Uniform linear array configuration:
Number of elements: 32
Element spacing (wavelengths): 0.25
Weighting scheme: cosine
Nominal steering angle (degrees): -45
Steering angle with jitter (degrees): -45.616
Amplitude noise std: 0.05
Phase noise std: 0.05

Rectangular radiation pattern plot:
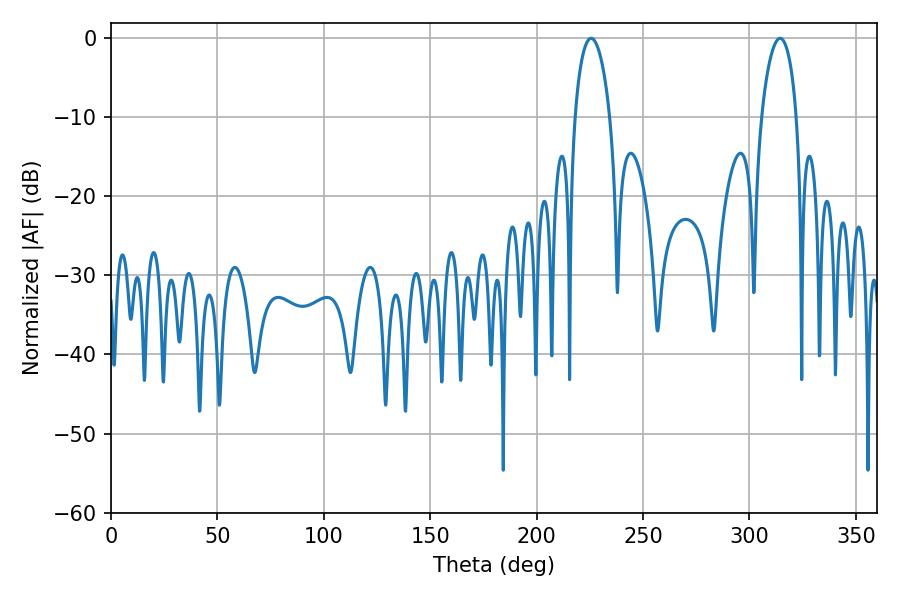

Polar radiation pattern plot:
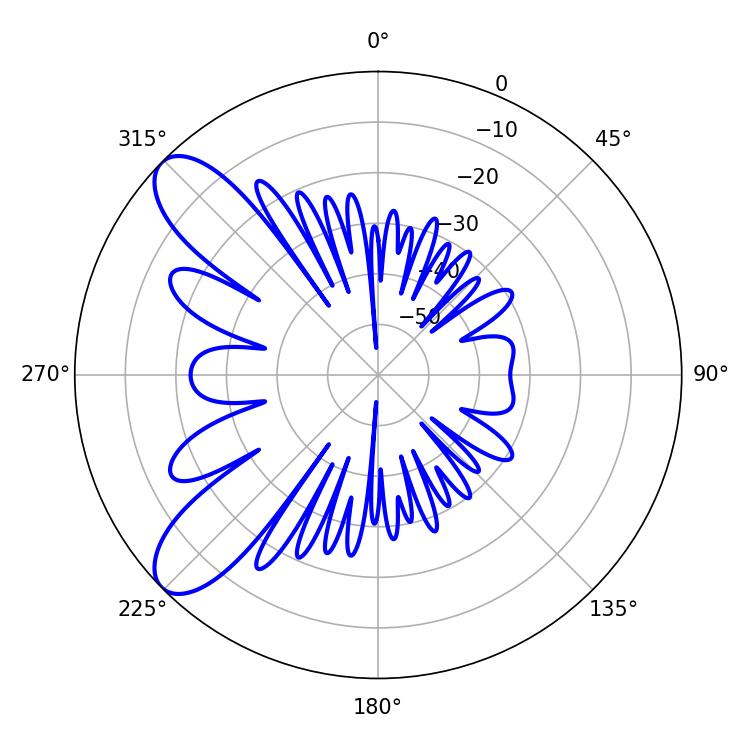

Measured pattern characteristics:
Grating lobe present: FALSE
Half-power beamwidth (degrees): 9.54
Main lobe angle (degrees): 225.54